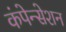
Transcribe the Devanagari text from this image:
कंपेन्सेशन